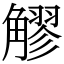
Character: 䚧